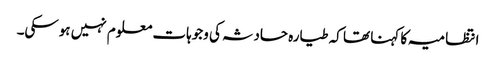
انتظامیہ کا کہنا تھا کہ طیارہ حادثہ کی وجوہات معلوم نہیں ہوسکی۔